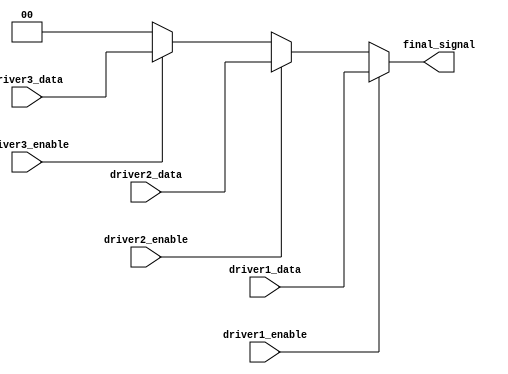
module multiple_drivers (
    input wire driver1_enable,  // Enable signal for driver 1
    input wire driver2_enable,  // Enable signal for driver 2
    input wire driver3_enable,  // Enable signal for driver 3
    input wire [1:0] driver1_data, // Data from driver 1
    input wire [1:0] driver2_data, // Data from driver 2
    input wire [1:0] driver3_data, // Data from driver 3
    output wire [1:0] final_signal // Final output signal
);

    // Intermediate signals for each driver
    wire [1:0] driver1_output;
    wire [1:0] driver2_output;
    wire [1:0] driver3_output;

    // Driver 1: Assign output if enabled, else default to 2'b00
    assign driver1_output = driver1_enable ? driver1_data : 2'b00;

    // Driver 2: Assign output if enabled, else default to 2'b00
    assign driver2_output = driver2_enable ? driver2_data : 2'b00;

    // Driver 3: Assign output if enabled, else default to 2'b00
    assign driver3_output = driver3_enable ? driver3_data : 2'b00;

    // Priority resolution: Driver 1 > Driver 2 > Driver 3
    assign final_signal = (driver1_enable ? driver1_data :
                           (driver2_enable ? driver2_data :
                           (driver3_enable ? driver3_data : 2'b00)));

endmodule